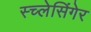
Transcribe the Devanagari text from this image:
स्च्लेसिंगेर